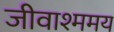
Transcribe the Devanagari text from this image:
जीवाश्ममय